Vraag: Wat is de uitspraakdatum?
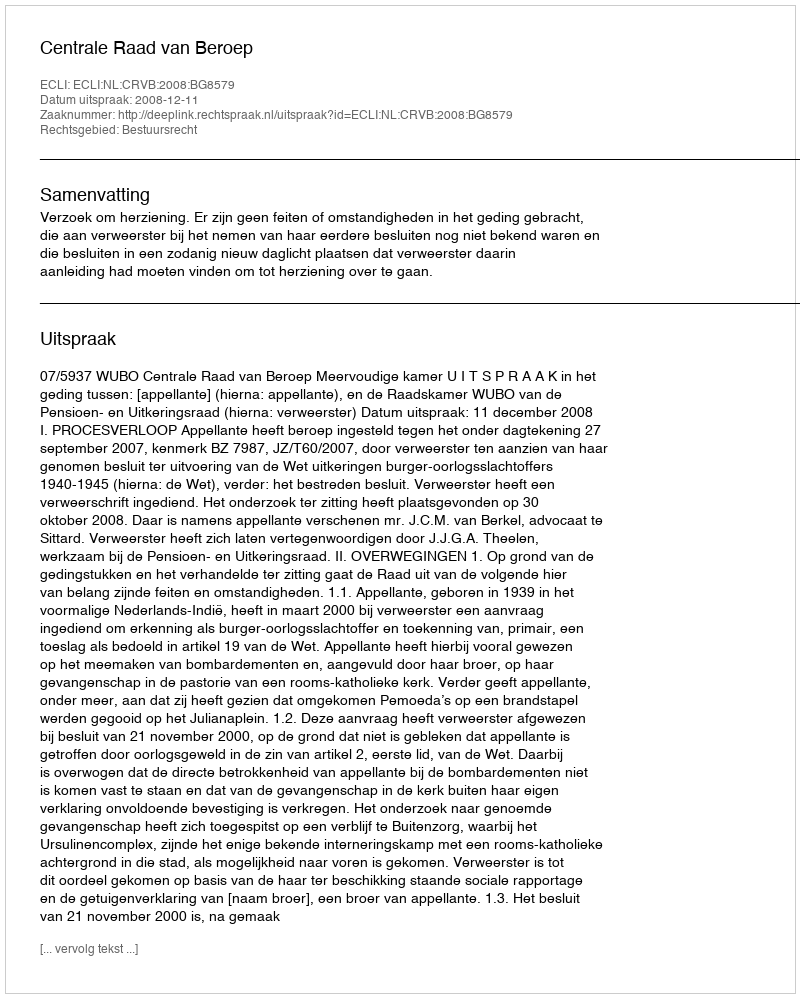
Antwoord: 2008-12-11